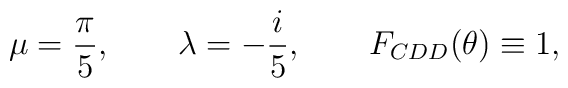
\mu = \frac{\pi}{5}, \qquad \lambda=-\frac{i}{5}, \qquad F_{CDD}(\theta)\equiv1,